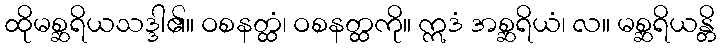
ထိုမစ္ဆရိယသဒ္ဒါ၏။ ဝစနတ္ထံ၊ ဝစနတ္ထကို။ ဣဒံ အစ္ဆရိယံ၊ လ။ မစ္ဆရိယန္တိ